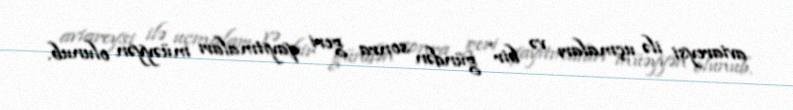
aviareysi ilə uçmaları və bir gündən sonra geri qayıtmaları müəyyən olunub.